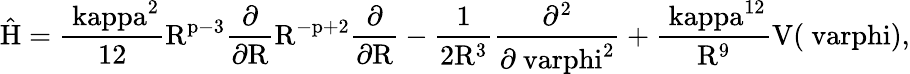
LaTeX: \mathrm{\hat{H}=\frac{\ kappa^{2}}{12}R^{p-3}\frac{\partial}{\partial R}R^{-p+2}\frac{\partial}{\partial R}-\frac{1}{2R^{3}}\frac{\partial^{2}}{\partial\ varphi^{2}}+\frac{\ kappa^{12}}{R^{9}}V(\ varphi),}